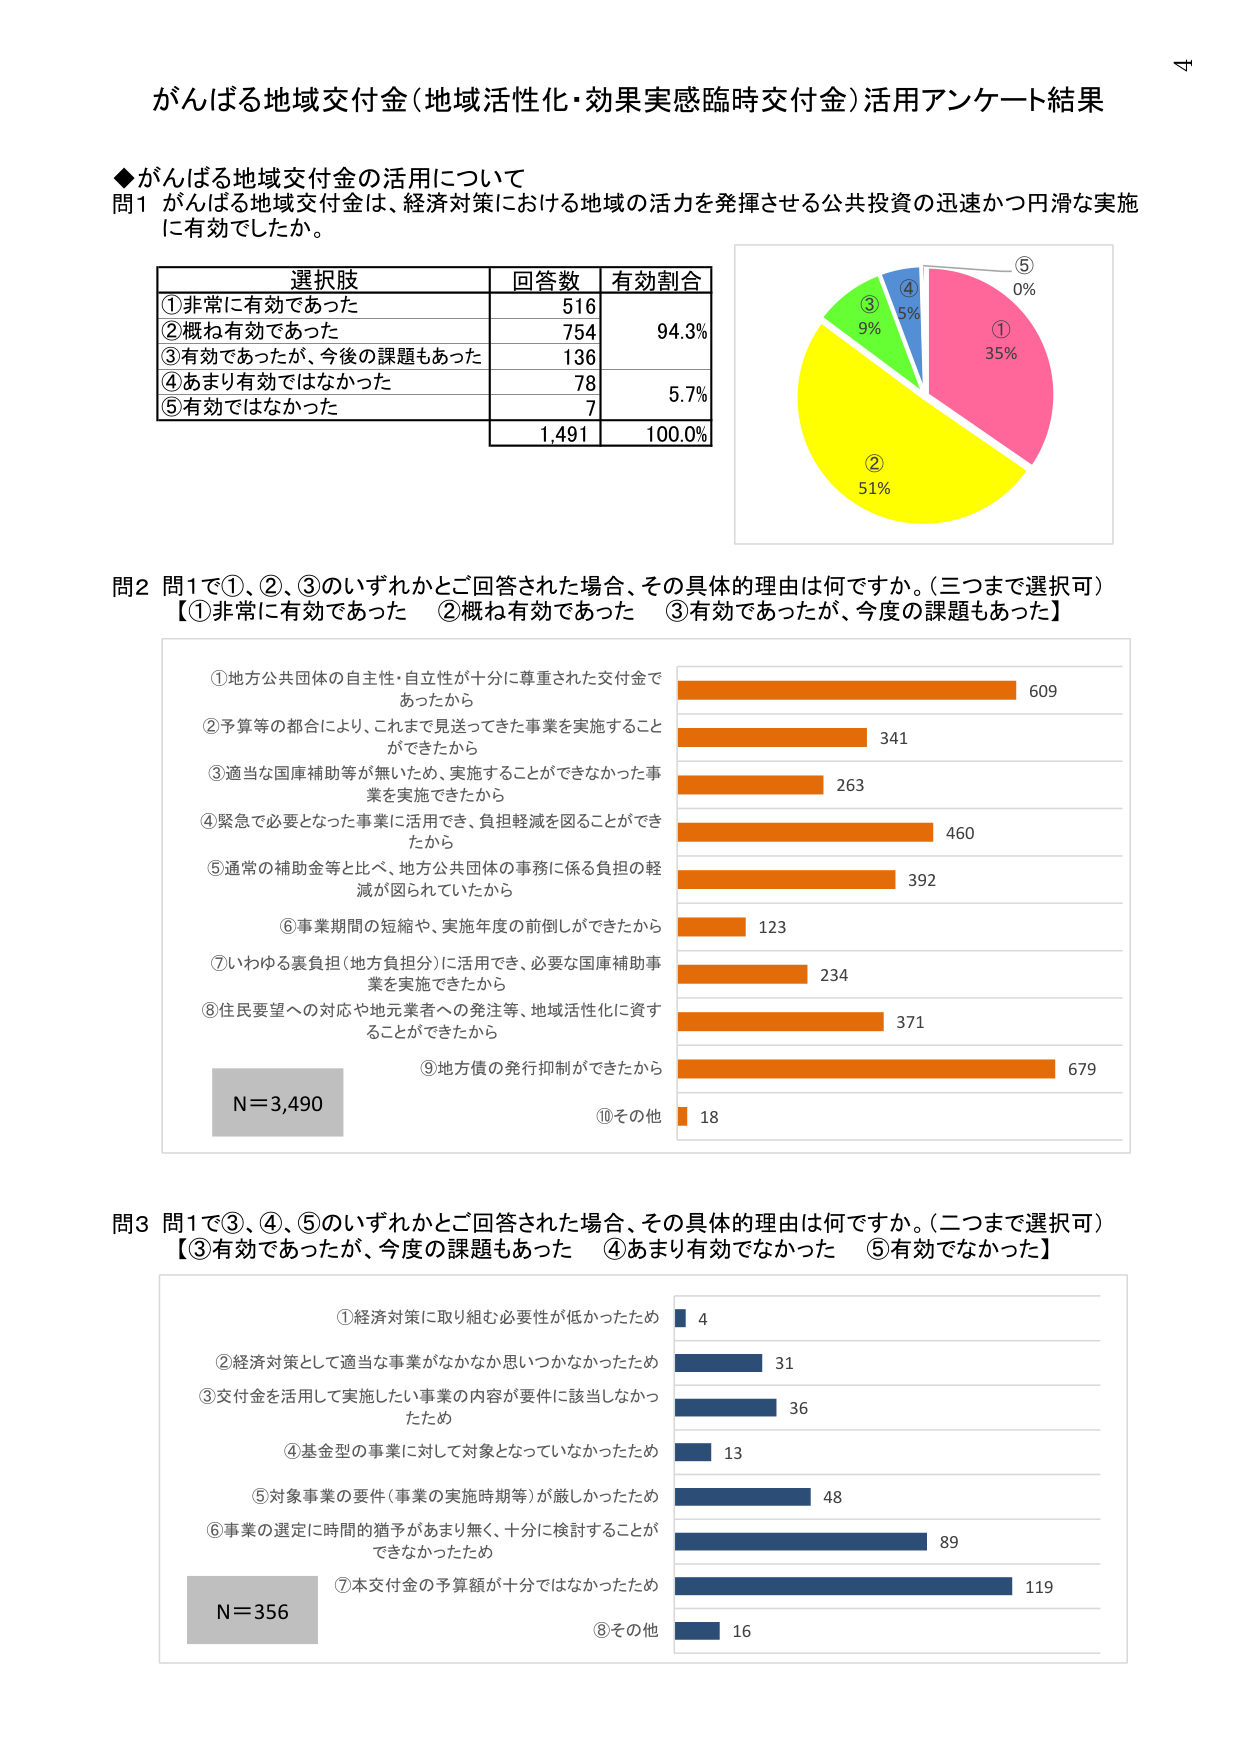
がんばる地域交付金（地域活性化・効果実感臨時交付金）活用アンケート結果

◆がんばる地域交付金の活用について
問1 がんばる地域交付金は、経済対策における地域の活力を発揮させる公共投資の迅速かつ円滑な実施に有効でしたか。

選択肢 回答数 有効割合
①非常に有効であった 516
②概ね有効であった 754 94.3%
③有効であったが、今後の課題もあった 136
④あまり有効ではなかった 78 5.7%
⑤有効ではなかった 7
1,491 100.0%

⑤ 0%
④ 5%
③ 9%
② 51%
① 35%

問2 問1で①、②、③のいずれかとご回答された場合、その具体的理由は何ですか。（三つまで選択可）
【①非常に有効であった ②概ね有効であった ③有効であったが、今度の課題もあった】

①地方公共団体の自主性・自立性が十分に尊重された交付金であったから 609
②予算等の都合により、これまで見送ってきた事業を実施することができたから 341
③適当な国庫補助等が無いため、実施することができなかった事業を実施できたから 263
④緊急で必要となった事業に活用でき、負担軽減を図ることができたから 460
⑤通常の補助金等と比べ、地方公共団体の事務に係る負担の軽減が図られていたから 392
⑥事業期間の短縮や、実施年度の前倒しができたから 123
⑦いわゆる裏負担（地方負担分）に活用でき、必要な国庫補助事業を実施できたから 234
⑧住民要望への対応や地元業者への発注等、地域活性化に資することができたから 371
⑨地方債の発行抑制ができたから 679
⑩その他 18
N=3,490

問3 問1で③、④、⑤のいずれかとご回答された場合、その具体的理由は何ですか。（二つまで選択可）
【③有効であったが、今度の課題もあった ④あまり有効でなかった ⑤有効でなかった】

①経済対策に取り組む必要性が低かったため 4
②経済対策として適当な事業がなかなか思いつかなかったため 31
③交付金を活用して実施したい事業の内容が要件に該当しなかったため 36
④基金型の事業に対して対象となっていなかったため 13
⑤対象事業の要件（事業の実施時期等）が厳しかったため 48
⑥事業の選定に時間的猶予があまり無く、十分に検討することができなかったため 89
⑦本交付金の予算額が十分ではなかったため 119
⑧その他 16
N=356